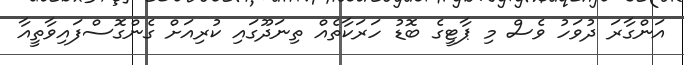
އަންގާރަ ދުވަހު ވެސް މި ޕާޓީގެ ބޮޑު ހަރަކާތެއް ތިނަދޫގައި ކުރިއަށް ގެންގޮސްފައިވާތީއާ